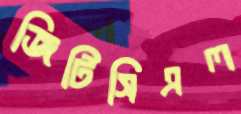
জিটিসিএল